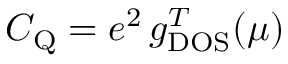
\begin{array} { r } { C _ { \mathrm { Q } } = e ^ { 2 } \, g _ { \mathrm { D O S } } ^ { T } ( \mu ) } \end{array}